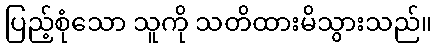
ပြည့်စုံသော သူကို သတိထားမိသွားသည်။